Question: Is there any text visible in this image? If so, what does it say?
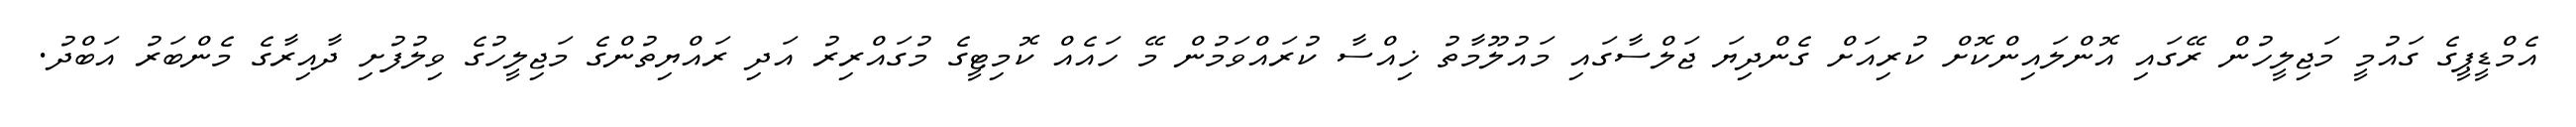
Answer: އެމްޑީޕީގެ ގައުމީ މަޖިލީހުން ރޭގައި އޮންލައިންކޮށް ކުރިއަށް ގެންދިޔަ ޖަލްސާގައި މައުލޫމާތު ޚިއްސާ ކުރައްވަމުން މޭ ހައެއް ކޮމިޓީގެ މުގައްރިރު އަދި ރައްޔިތުންގެ މަޖިލީހުގެ ވިލުފުށި ދާއިރާގެ މެންބަރު އަބްދު.